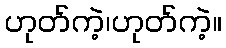
ဟုတ်ကဲ့၊ဟုတ်ကဲ့။